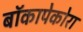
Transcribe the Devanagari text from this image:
बॉकापेकोरा